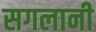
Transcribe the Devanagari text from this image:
सगलानी